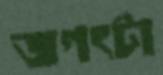
জগৎটা